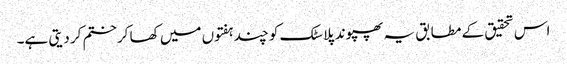
اس تحقیق کے مطابق یہ پھپوند پلاسٹک کو چند ہفتوں میں کھا کرختم کر دیتی ہے۔